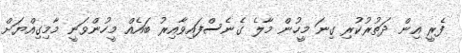
ފެރީ އިން ދަތުރުކުރި ގިނަ މީހުން މާލެ ގެނެސްފައިވާއިރު ބައެއް މީހުންވަނީ މާމިގިއްޔަށް